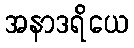
အနာဒရိယေ